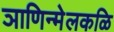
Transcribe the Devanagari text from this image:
ञाणिन्मेलकळि